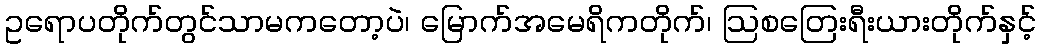
ဥရောပတိုက်တွင်သာမကတော့ပဲ၊ မြောက်အမေရိကတိုက်၊ ဩစတြေးရီးယားတိုက်နှင့်